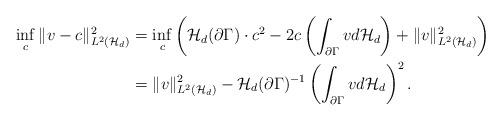
LaTeX: \begin{align*} \inf_{c}\|v-c\|^2_{L^2({\cal H}_{d})}&=\inf_c\left({\cal H}_{d}(\partial\Gamma)\cdot c^2-2c\left(\int_{\partial\Gamma}vd{\cal H}_{d}\right)+\|v\|^2_{L^2({\cal H}_{d})}\right)\\ &=\|v\|^2_{L^2({\cal H}_{d})}-{\cal H}_{d}(\partial\Gamma)^{-1}\left(\int_{\partial\Gamma}vd{\cal H}_{d}\right)^2. \end{align*}